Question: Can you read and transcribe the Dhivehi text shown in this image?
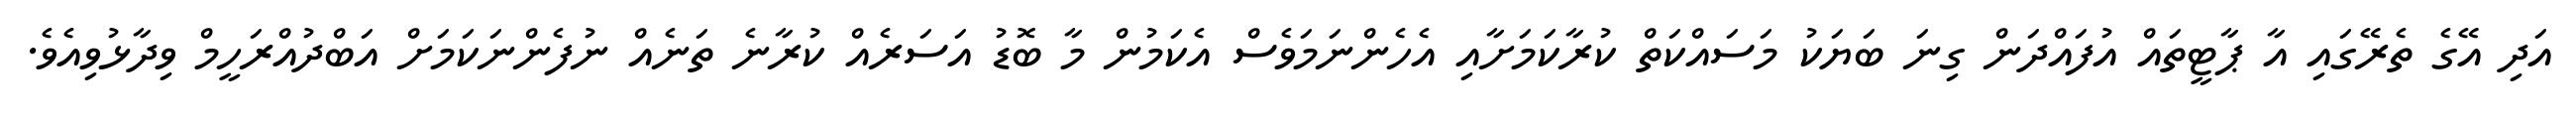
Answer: އަދި އޭގެ ތެރޭގައި އާ ޕާޓީތައް އުފައްދަން ގިނަ ބަޔަކު މަސައްކަތް ކުރާކަމަށާއި އެހެންނަމަވެސް އެކަމުން މާ ބޮޑު އަސަރެއް ކުރާނެ ތަނެއް ނުފެންނަކަމަށް އަބްދުއްރަހީމް ވިދާޅުވިއެވެ.